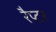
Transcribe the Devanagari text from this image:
रैप्‍टर